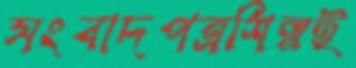
সংবাদপত্রশিল্পই